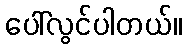
ပေါ်လွင်ပါတယ်။